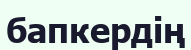
бапкердің